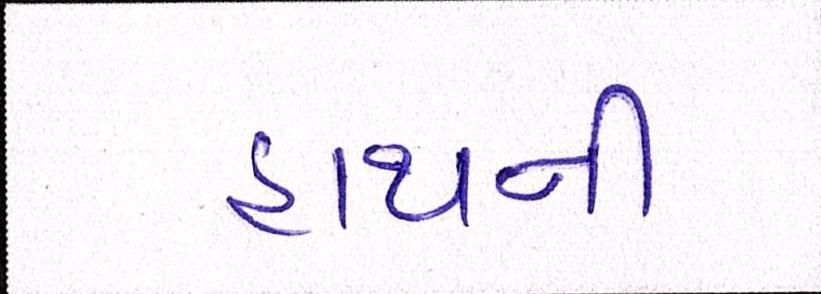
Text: હાથની